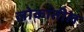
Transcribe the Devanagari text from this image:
लोकांतील